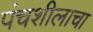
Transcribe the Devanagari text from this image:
पंचशीलाचा